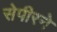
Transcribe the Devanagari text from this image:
सेपीरने